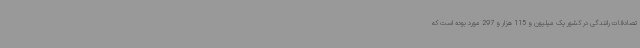
تصادفات رانندگی در کشور یک میلیون و 115 هزار و 297 مورد بوده است که